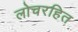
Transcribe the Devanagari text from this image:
लोचरहित